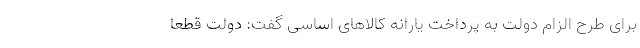
برای طرح الزام دولت به پرداخت یارانه کالاهای اساسی گفت: دولت قطعا